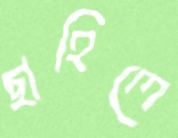
ছাহিলে